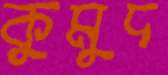
কুমুদ